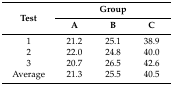
<table><thead><tr><td rowspan="2"><b>Test</b></td><td colspan="3"><b>Group</b></td></tr><tr><td><b>A</b></td><td><b>B</b></td><td><b>C</b></td></tr></thead><tbody><tr><td>1</td><td>21.2</td><td>25.1</td><td>38.9</td></tr><tr><td>2</td><td>22.0</td><td>24.8</td><td>40.0</td></tr><tr><td>3</td><td>20.7</td><td>26.5</td><td>42.6</td></tr><tr><td>Average</td><td>21.3</td><td>25.5</td><td>40.5</td></tr></tbody></table>